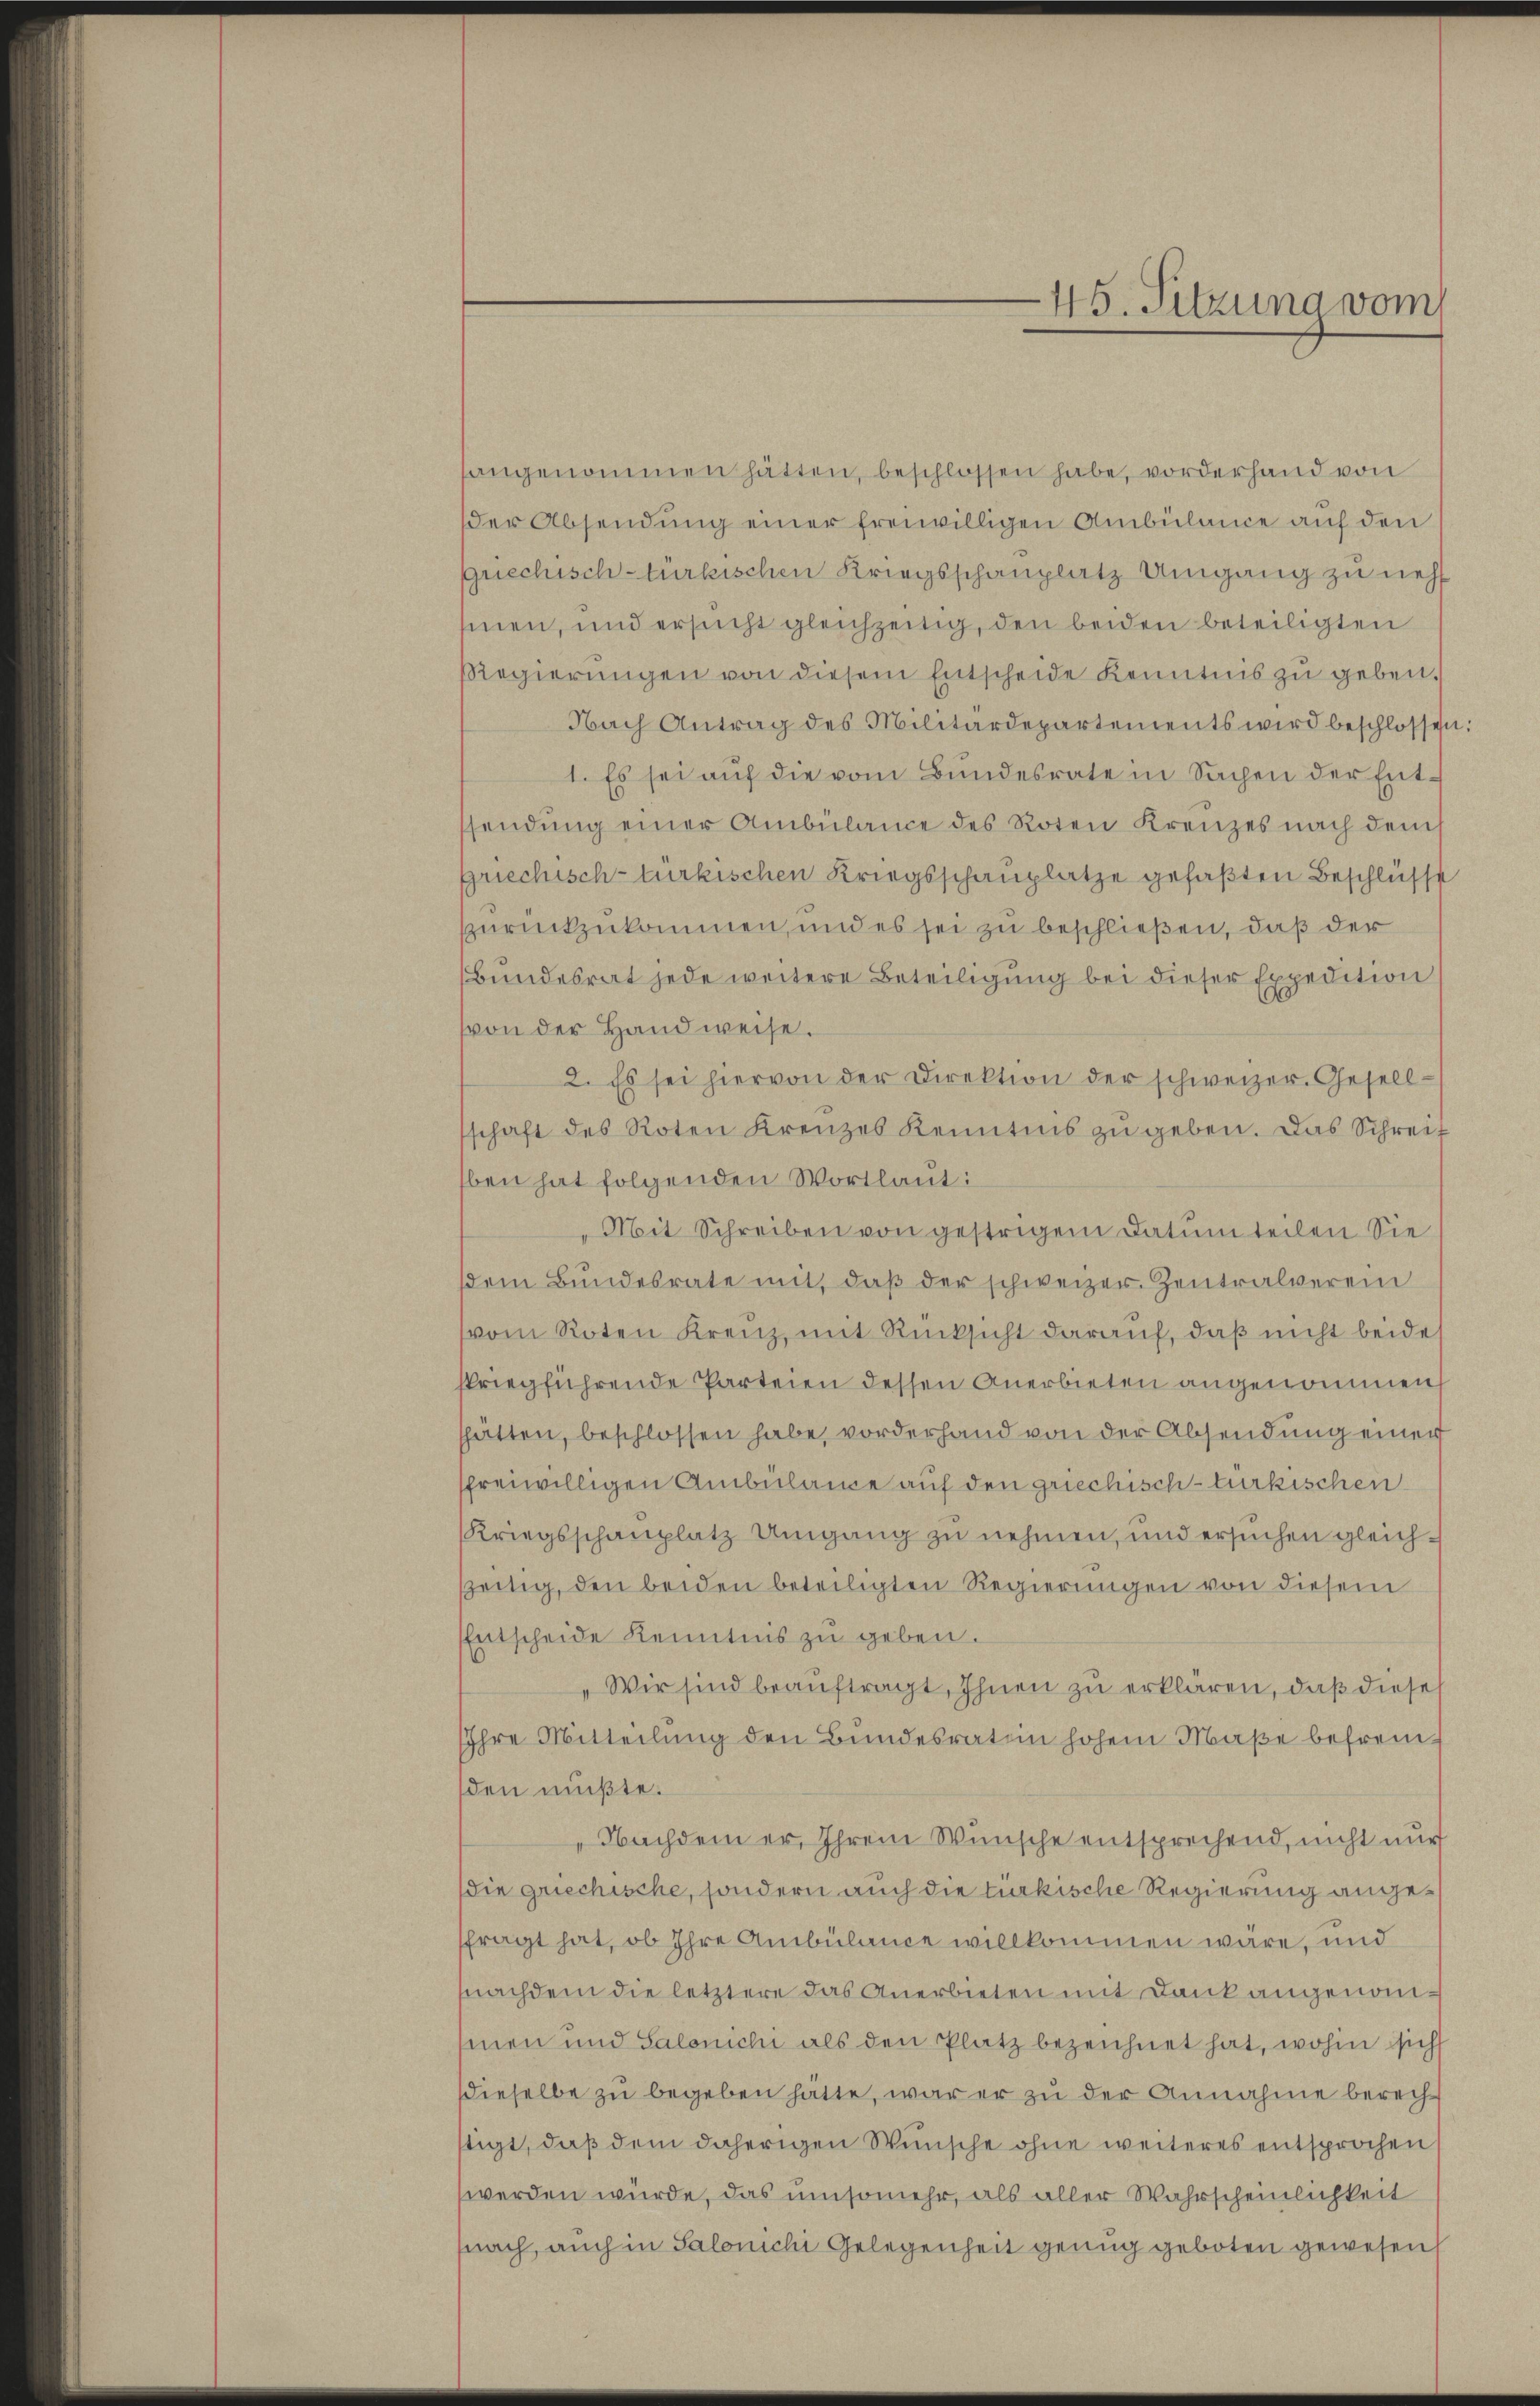
sangenommen hätten, beschlossen habe, vorderhand von
der Absendung einer freiwilligen Ambülance auf den
griechisch-türkischen Kriegsschauplatz Umgang zu neh
sinen, und ersucht gleichzeitig, den beiden beteiligten
Regierŭngen von diesem Entscheide Kenntnis zu geben.
Nach Antrag des Militärdepartements wird beschlossen
1. Es sei auf die vom Bundesrate in Sachen der Entssendŭng einer Ambülance des Roten Kreuzes nach dem
griechisch-türkischen Kriegsschauplatze gefaßten Beschlüsse
zurückzukommen, und es sei zu beschließen, daß der
Bundesrat jede weitere Beteiligung bei dieser Expedition
von der Handweise.
2. Es sei hiervon der Direktion der schweizer. Gesellschaft des Roten Kreuzes Kenntnis zŭ geben. Das Schreit
ben hat folgenden Wortlaut:
Mit Schreiben von gestrigen Datum teilen Sie
dem Bundesrate mit, daβ der schweizer Zentralverein
vom Roten Kreuz, mit Rücksicht darauf, daß nicht beide
striegführende Parteien dessen Anerbieten angenommen,
shätten, beschlossen habe, vorderhand von der Absendung einer
freiwilligen Ambulare auf den griechisch-türkischen
Kriegsschauplatz Umgang zu nehmen, und ersuchen gleichszeitig, den beiden beteiligten Regierŭngen von diesem
Entscheide Kenntnis zu geben.
Wir sind beauftragt, Ihnen zu erklären, daß dieses
Ihre Mitteilung den Bundesration hohem Maße befreu
den müßte.
Nachdem er, Ihrem Wunsche entsprechend, nicht nur
die griechische, sondern auch die türkische Regierung angefragt hat, ob Ihre Ambülance willkommen wäre, und
nachdem die letztere das Anerbieten mit Dank angenomsinen und Salonichi als den Platz bezeichnet hat, wohin sich
dieselbe zu begeben hatte, war er zu der Annahme berechstigt, daß dem daherigen Wünsche ohne weiteres entsprochen
werden würde, das umsomehr, als aller Wahrscheinlichkeit
snach, auch in Salonichi Gelegenheit genug geboten gewesen

45. Sitzung vom